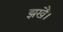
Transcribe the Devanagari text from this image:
झखैं।